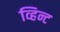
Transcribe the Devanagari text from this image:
व्हिन्ट